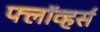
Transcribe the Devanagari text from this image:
फ्लॉव्हर्स